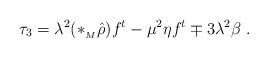
LaTeX: \begin{align*} \tau_3=\lambda^2(*_{{}_M}\hat{\rho})f^t-\mu^2\eta f^t\mp3\lambda^2\beta \ .\end{align*}